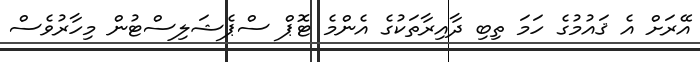
އޭރަށް އެ ޤައުމުގެ ހަމަ ތިބި ދާއިރާތަކުގެ އެންމެ ޓޮޕް ސްޕެޝަލިސްޓުން މިހާރުވެސް